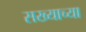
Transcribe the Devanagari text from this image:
सख्याच्या